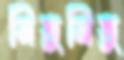
নিভুনিভু